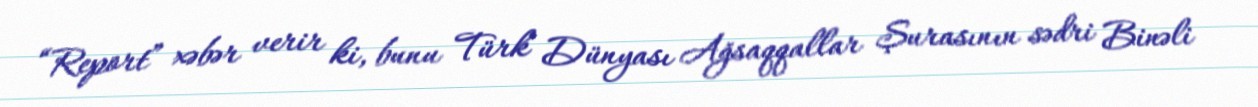
“Report” xəbər verir ki, bunu Türk Dünyası Ağsaqqallar Şurasının sədri Binəli